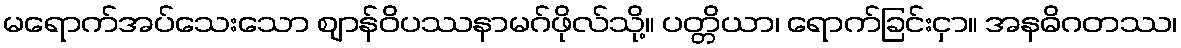
မရောက်အပ်သေးသော ဈာန်ဝိပဿနာမဂ်ဖိုလ်သို့။ ပတ္တိယာ၊ ရောက်ခြင်းငှာ။ အနဓိဂတဿ၊